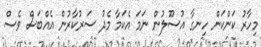
މިހާރު ކަންކަން ހިނގާ އުސޫލުން ނަމަ އެކަމާ މެދު ސަރުކާރުން އެއްބަސް ވެސް